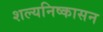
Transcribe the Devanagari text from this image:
शल्यनिष्कासन